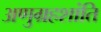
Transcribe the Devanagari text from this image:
अणुग्रहशांति